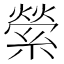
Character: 縈